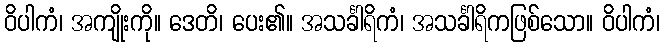
ဝိပါကံ၊ အကျိုးကို။ ဒေတိ၊ ပေး၏။ အသင်္ခါရိကံ၊ အသင်္ခါရိကဖြစ်သော။ ဝိပါကံ၊